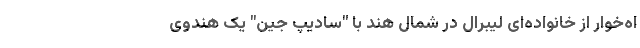
اه‌خوار از خانواده‌ای لیبرال در شمال هند با "سادیپ جین" یک هندوی